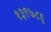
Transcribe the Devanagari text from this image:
१३९७८६